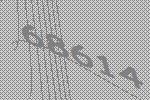
68614